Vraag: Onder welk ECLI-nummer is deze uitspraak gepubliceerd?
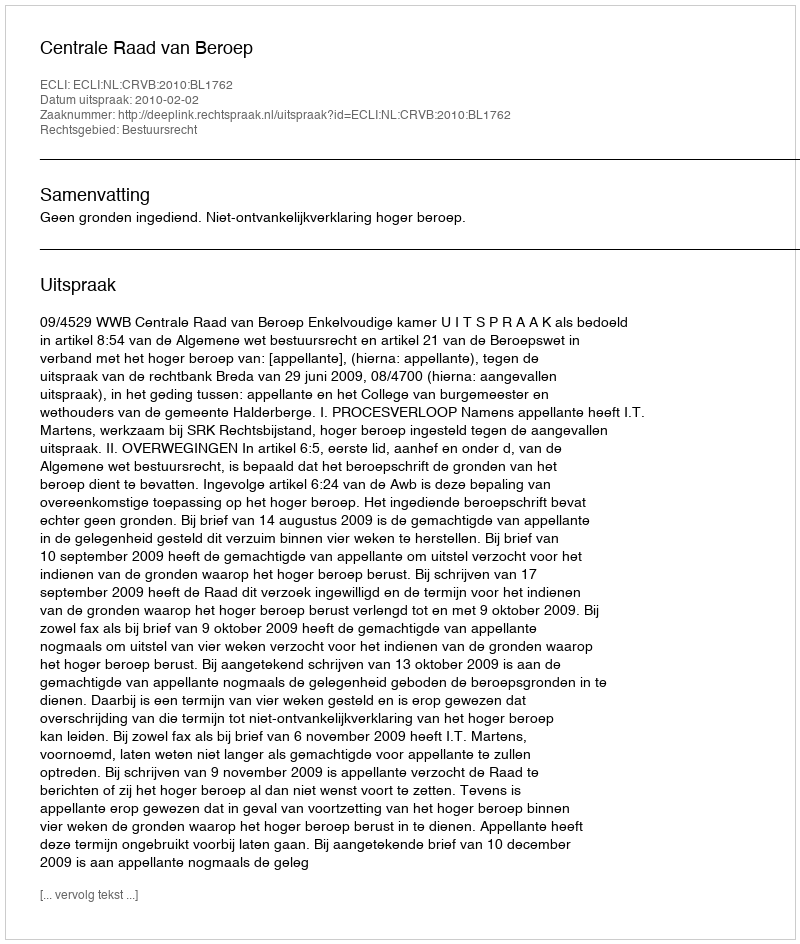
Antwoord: ECLI:NL:CRVB:2010:BL1762